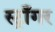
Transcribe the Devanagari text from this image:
स्ट्राँगर